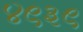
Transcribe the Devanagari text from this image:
४९३९